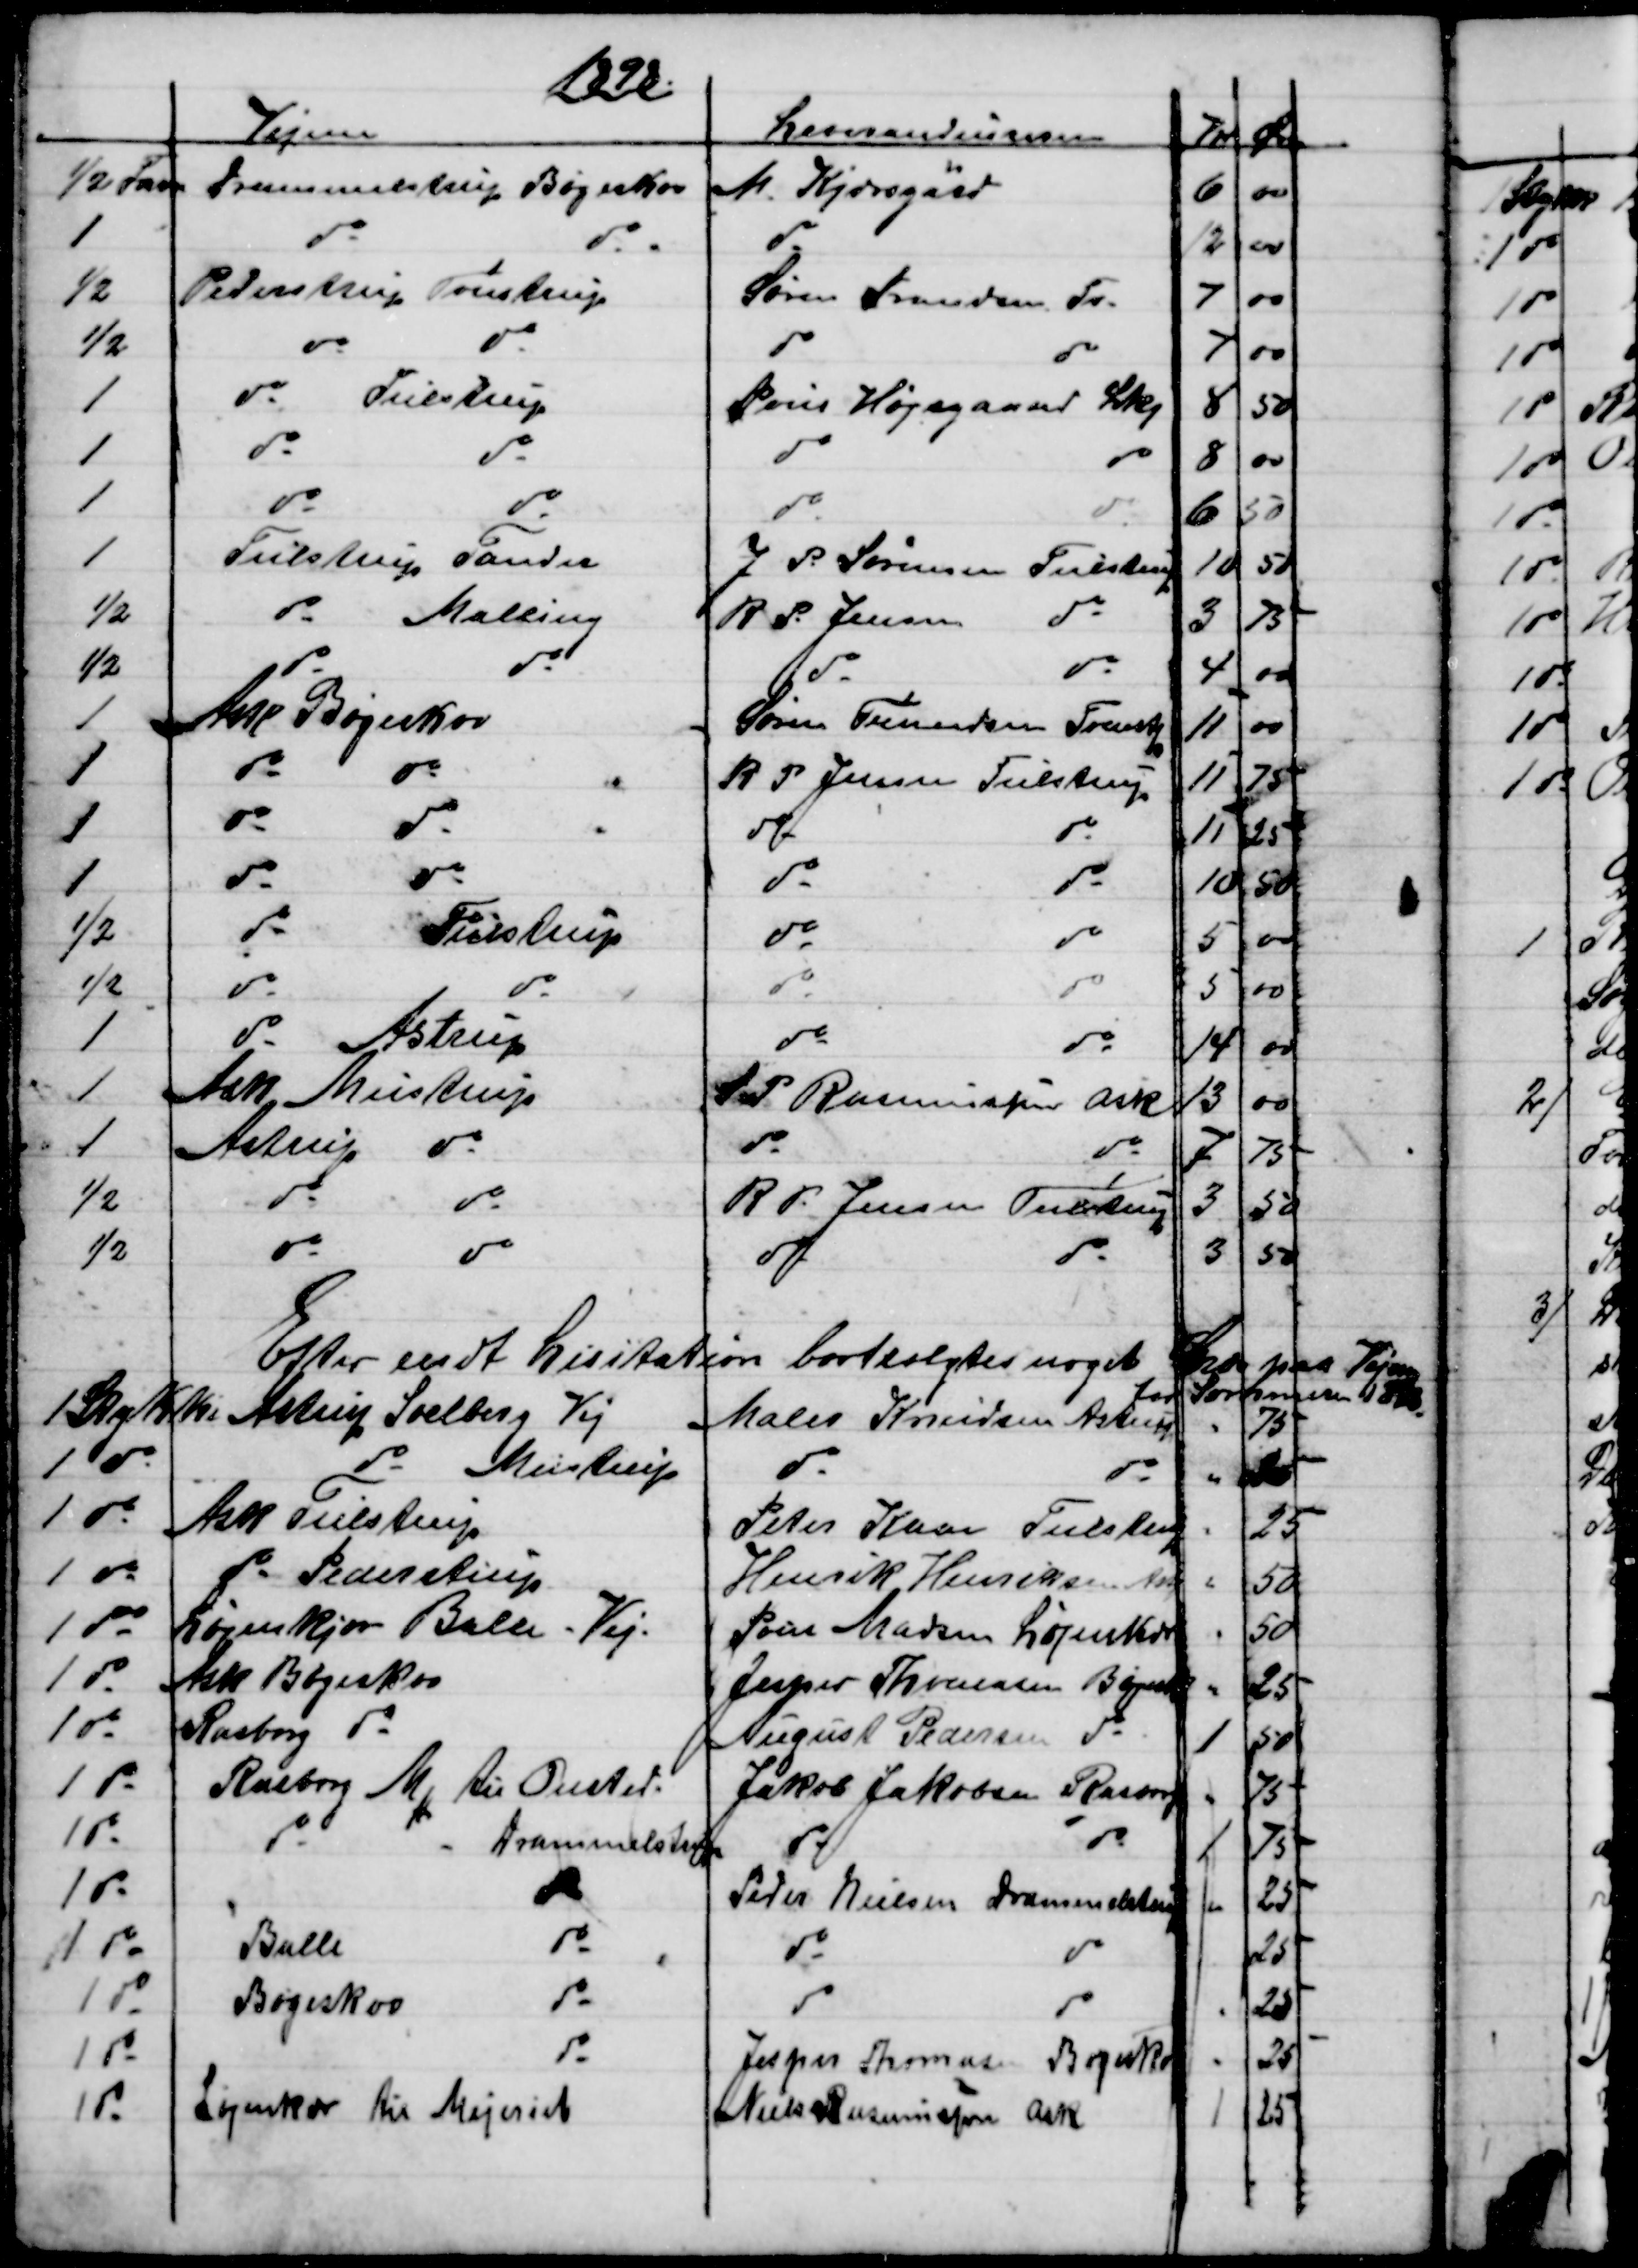
Transskription:
1898.
Vejene
Leverandeurerne
Kr 
Øre
½ Favn
Drammelstrup Bøgeskov
M. Kjærsgaard
6
00
1 
do
do
do
12
00
½
Pederstrup Tulstrup
Søren Frandsen Tv.
7
00
½
do
do
do
do
7
00
1
do
Tulstrup
Poul Højsgaard Lkj
8
50
1
do
do
do
do
8
00
1
do
do
do
do
6
50
1
Tulstrup Tander
J P. Sørensen Tulstrup
10
50
½
do
Malling
R. P. Jensen 
do
3
75
½
do
do
do
do
4
00
1
Ask Bøgeskov
Søren Frandsen Tvenstp
11
00
1
do
do
R P Jensen Tulstrup
11
75
1
do
do
do
do
11
25
1
do
do
do
do
10
50
½
do
Tulstrup
do
do
5
00
½
do
do
do
do
5
00
1
do
Astrup
do
do
14
00
1
Ask  Mustrup
S P Rasmussen Ask
13
00
1
Astrup  do
do
do
7
75
1/2
do
do
R. P. Jensen Tulstrup
3
50
½
do
do
do
do
3
50
Efter endt Lisitation bortsolgtes noget Græs på Vejene
for Sommeren 1898.
1 Stykke Astrup Soelberg Vej
Maler Knudsen Astrup
75
1 do
do Mustrup
do
do
25
1 do
Ask Tulstrup
Peter Kaae Tulstup
25
1  do
Ask Pederstrup
Henrik Henriksen Ask
50
1 do
Løjenkær Ballen Vej.
Poul Madsen Løjenkær
50
1 do
Ark Bøgeskov
Jesper Thomasen Bøgesk
25
1 do
Rasborg  do
August Pedersen do
1
50
1 do
Rasborg Mk til Onsted.
Jakob Jakobsen Rasborg
75
1 do
do
Drammelstrup
do
do
1
75
1 do
do
Peder Nielsen Drammelstup
25
1 do
Balle
do
do
do
25
1 do
Bøgeskov
do
do
do
25
1 do
do
Jesper Thomasen Bøgeskov
25
1 do
Løjenkær til Mejeriet
Niels Rasmussen Ask
1
25